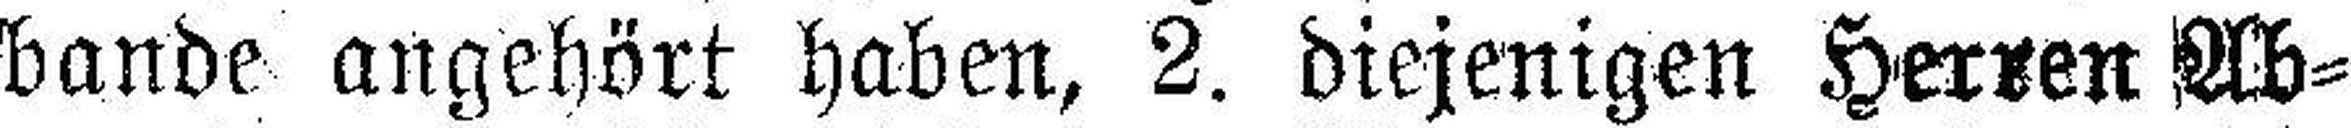
bande angehört haben, 2. diejenigen Herren Ab¬